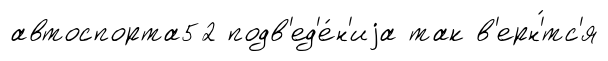
автоспорта52 подв'ед'е́н'иjа так в'ерн'́тс'я